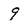
Character: 9